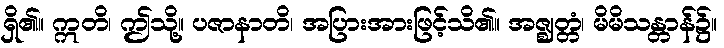
ရှိ၏။ ဣတိ၊ ဤသို့။ ပဇာနာတိ၊ အပြားအားဖြင့်သိ၏။ အဇ္ဈတ္တံ၊ မိမိသန္တာန်၌။